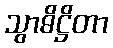
သွာဓိဋ္ဌိတာ